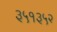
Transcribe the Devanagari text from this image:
३५१३५२